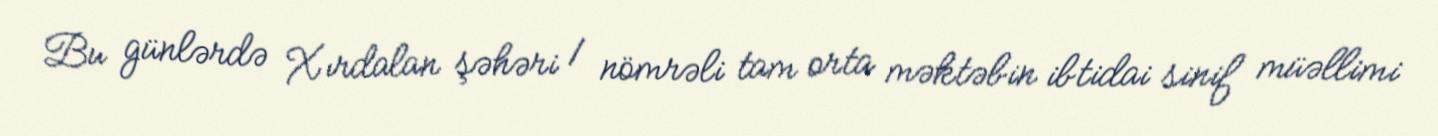
Bu günlərdə Xırdalan şəhəri 1 nömrəli tam orta məktəbin ibtidai sinif müəllimi